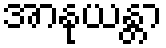
အာနုယန္တာ